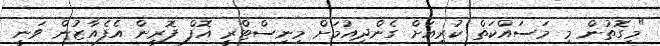
"މިގޮތުން މި މަސައްކަތް ކުރިއަށް ގެންދިއުމަށް މިނިސްޓްރީ އޮފް ފޮރިން އެފެއާާޒުން ވަނީ